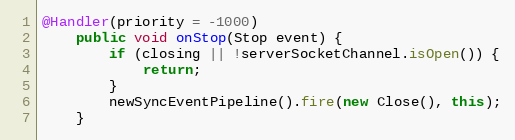
Language: Java
@Handler(priority = -1000)
    public void onStop(Stop event) {
        if (closing || !serverSocketChannel.isOpen()) {
            return;
        }
        newSyncEventPipeline().fire(new Close(), this);
    }